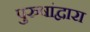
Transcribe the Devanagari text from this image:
पुरुषांद्वारा